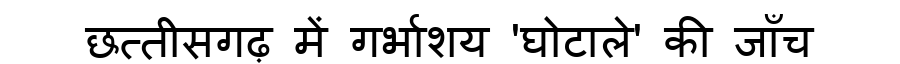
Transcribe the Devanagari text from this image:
छत्तीसगढ़ में गर्भाशय 'घोटाले' की जाँच